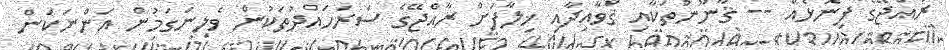
ރާއްޖޭގެ ފިނޮޅެއް -- ޤާނޫނުތަކާއި ޤަވާއިދާއި ޚިލާފަށް ރާއްޖޭގެ ސަރަހައްދުތަކުން ވެލިނަގަމުން އަންނަކަން